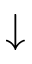
\downarrow